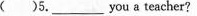
( )5.___you a teacher?